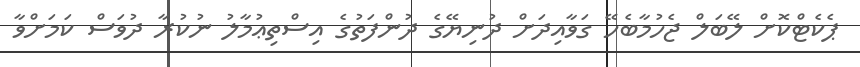
ޕެކެޓްކޮށް ލޭބަލް ޖެހުމާބެހޭ ގަވާއިދަށް ދުނިޔޭގެ ދުންފަތުގެ އިސްތިޢުމާލު ނުކުރާ ދުވަސް ކަމަށްވާ